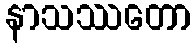
နာသဿတော